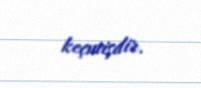
keçmişdir.